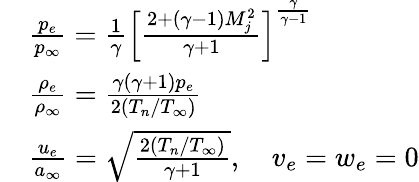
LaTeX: \begin{array}{rl}&{\frac{p_{e}}{p_{\infty}}=\frac{1}{\gamma}\left[\frac{2+(\gamma-1)M_{j}^{2}}{\gamma+1}\right]^{\frac{\gamma}{\gamma-1}}}\\ &{\frac{\rho_{e}}{\rho_{\infty}}=\frac{\gamma(\gamma+1)p_{e}}{2(T_{n}/T_{\infty})}}\\ &{\frac{u_{e}}{a_{\infty}}=\sqrt{\frac{2(T_{n}/T_{\infty})}{\gamma+1}},\quad v_{e}=w_{e}=0}\end{array}